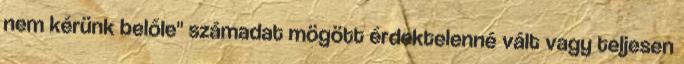
nem kérünk belőle" számadat mögött érdektelenné vált vagy teljesen